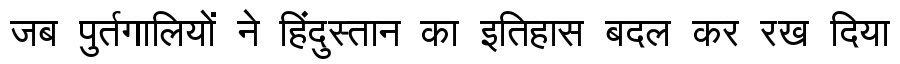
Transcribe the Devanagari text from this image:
जब पुर्तगालियों ने हिंदुस्तान का इतिहास बदल कर रख दिया